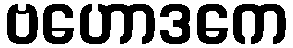
ဗဟောဒကေ